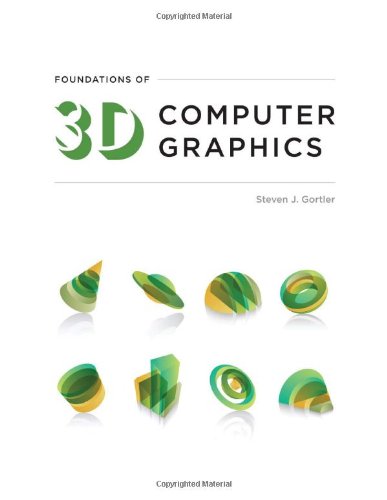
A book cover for Foundations of 3D Computer Graphics; Steven J. Gortler; Computers & Technology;